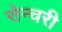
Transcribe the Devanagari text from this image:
सेन्चरी